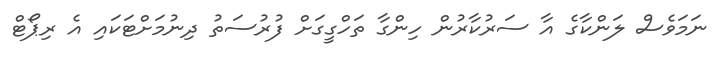
ނަމަވެސް ލަންކާގެ އާ ސަރުކާރުން ހިންގާ ތަހްގީގަށް ފުރުސަތު ދިނުމަށްޓަކައި އެ ރިޕޯޓް